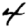
Digit: 4